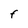
Character: F